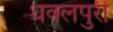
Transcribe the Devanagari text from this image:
धवलपुरी